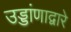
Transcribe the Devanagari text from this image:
उड्डांणाद्वारे